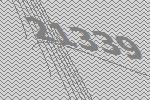
21339